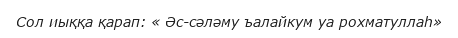
Сол иыққа қарап: « Әс-сәләму ъалайкум уа рохматуллаһ»